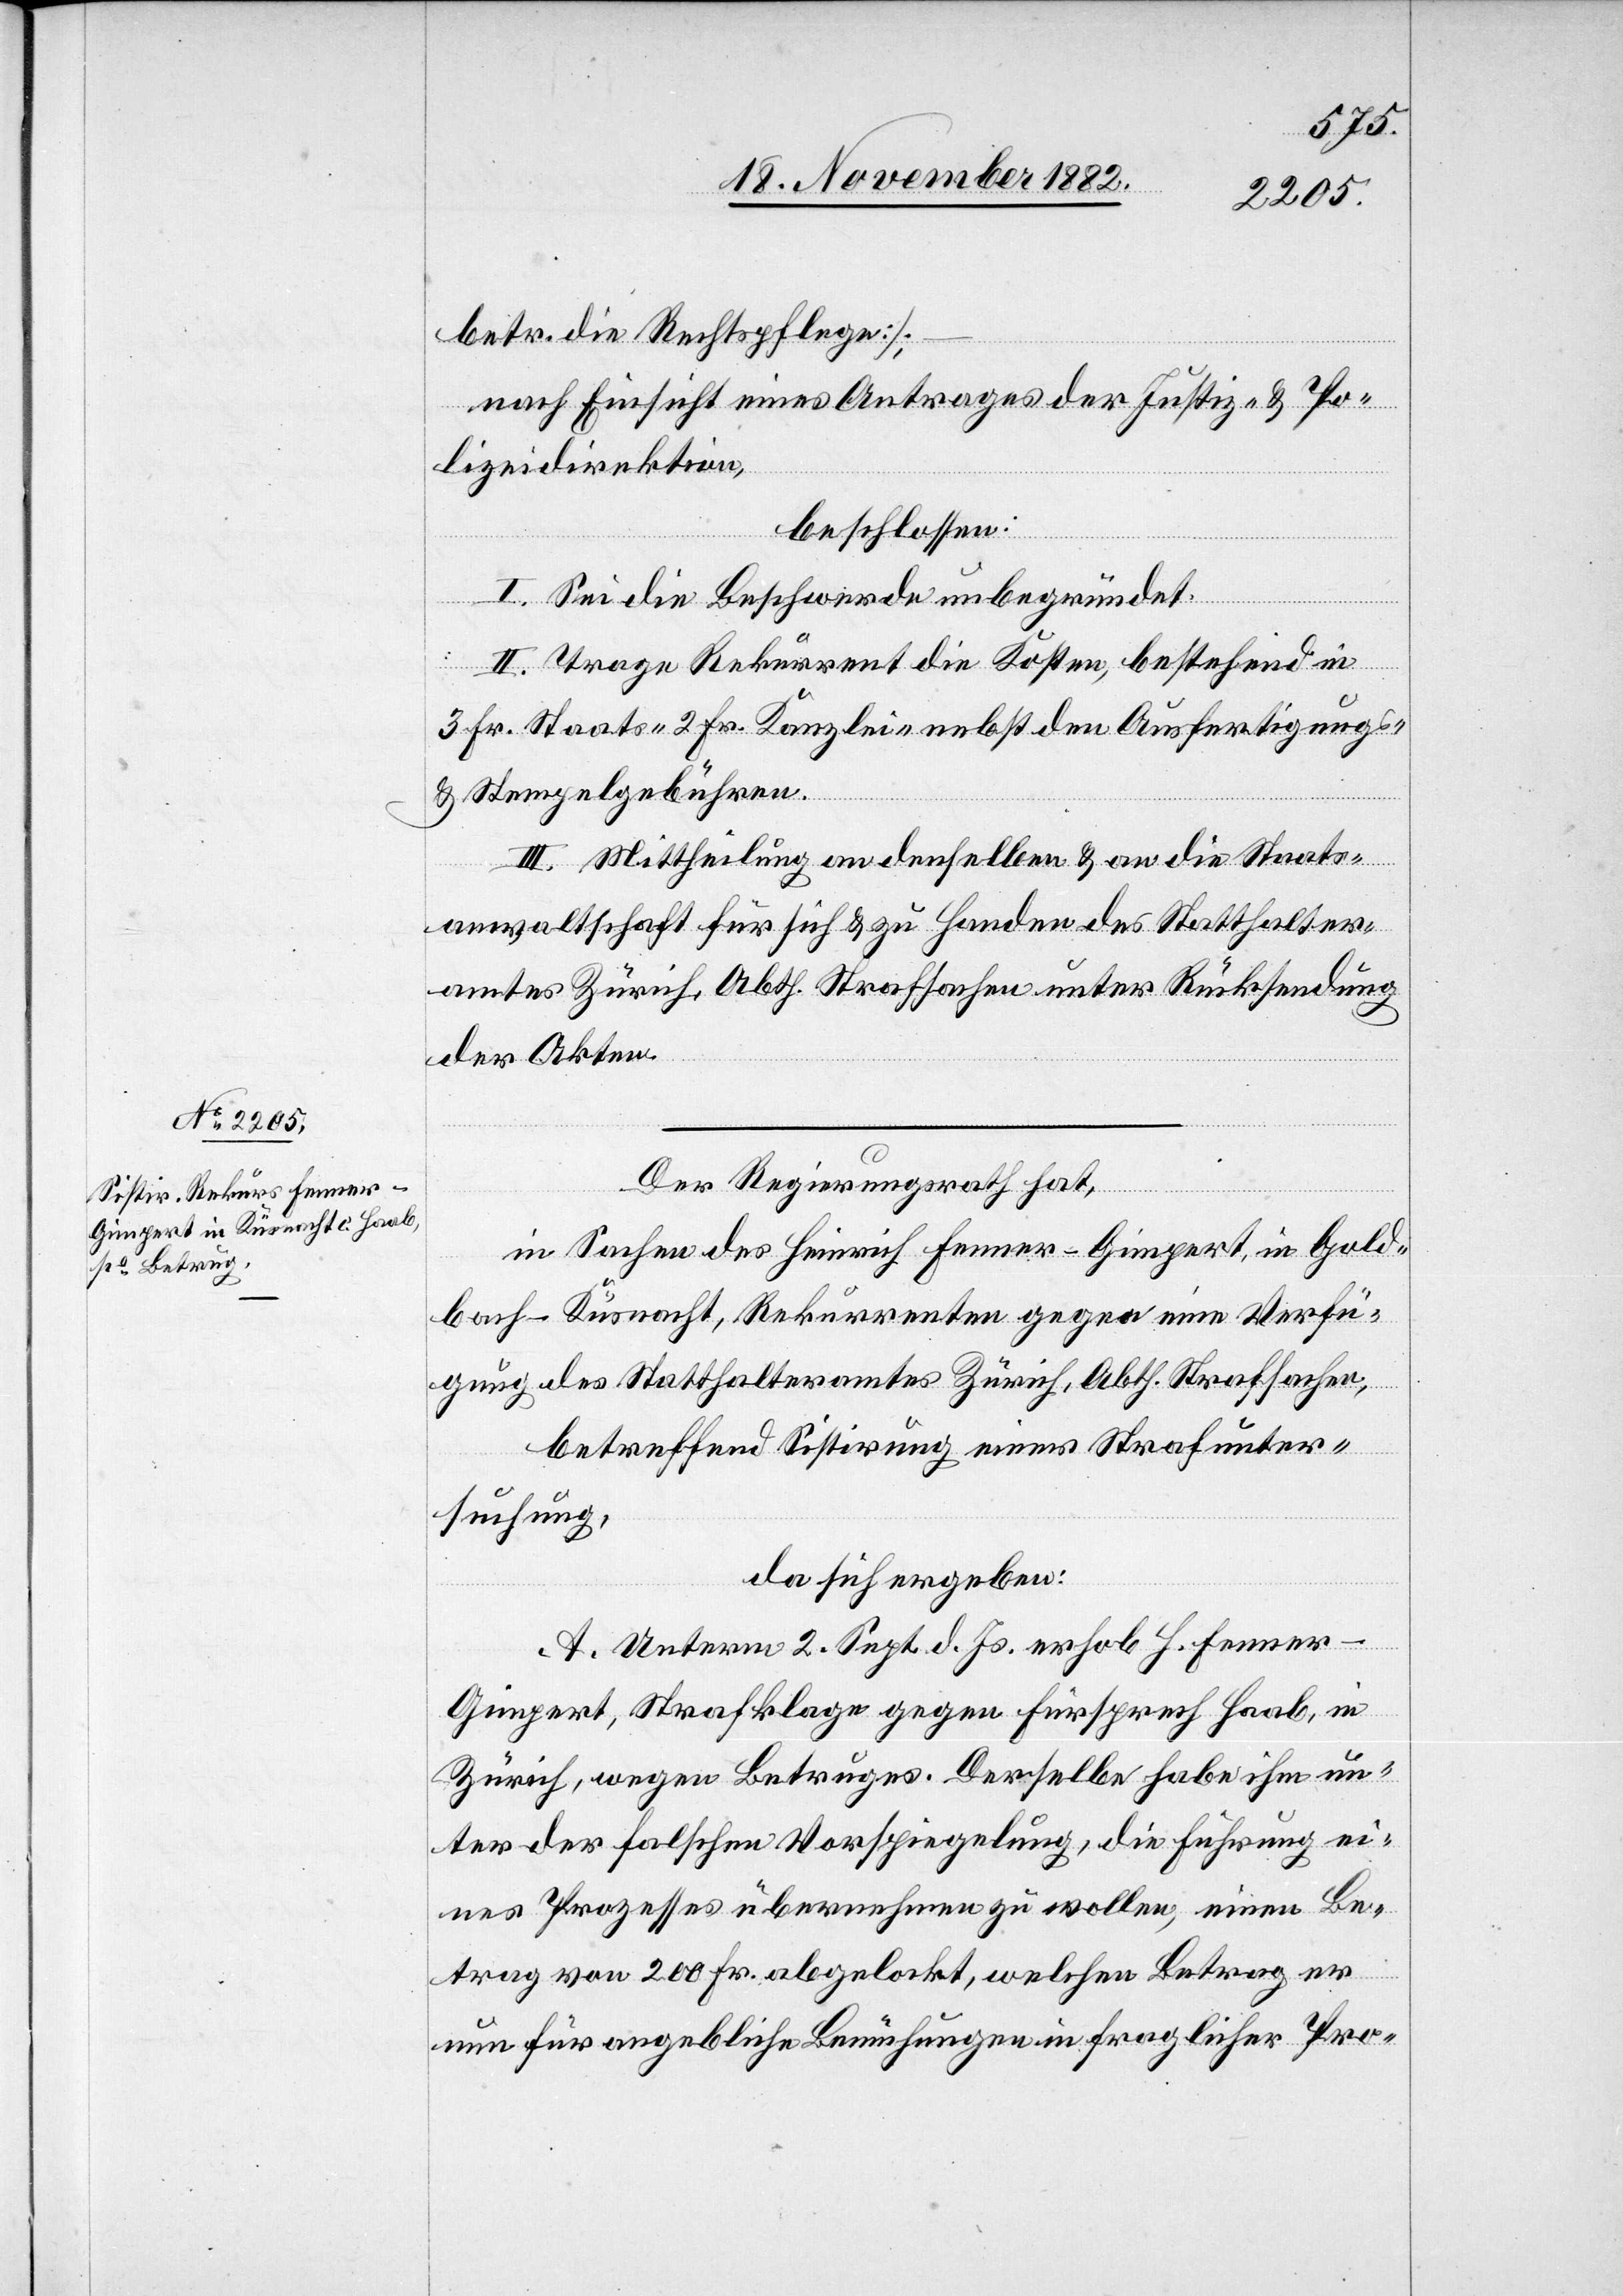
betr. die Rechtspflege];
nach Einsicht eines Antrages der Justiz- & Po¬
lizeidirektion,
beschlossen:
I. Sei die Beschwerde unbegründet.
II. Trage Rekurrent die Kosten, bestehend in
3 Fr. Staats- 2 Fr. Kanzlei- nebst den Ausfertigungs-
& Stempelgebühren.
III. Mittheilung an denselben & an die Staats¬
anwaltschaft für sich & zu Handen des Statthalter¬
amtes Zürich, Anth. Strafsachen unter Rücksendung
der Akten.
Der Regierungsrath hat,
in Sachen des Heinrich Fenner-Gimpert, in Gold¬
bach - Küsnacht, Rekurrenten gegen eine Verfü¬
gung des Statthalteramtes Zürich, Abth. Strafsachen,
betreffend Sistirung einer Strafunter¬
suchung,
da sich ergeben:
A. Unterm 2. Sept. d. Js. erhob H. Fenner-G¬
impert, Strafklage gegen Fürsprech Haab, in
Zürich, wegen Betruges. Derselbe habe ihm un¬
ter der falschen Vorspiegelung, die Führung ei¬
nes Prozesses übernehmen zu wollen, einen Be¬
trag von 200 Fr. abgelockt, welchen Betrag er
nun für angebliche Bemühungen in fraglicher Pro-